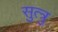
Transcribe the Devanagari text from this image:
सुत्त्रु